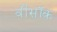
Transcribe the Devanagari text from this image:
वींसॉक